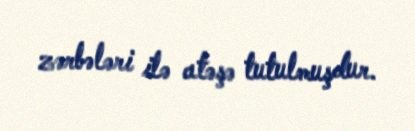
zərbələri ilə atəşə tutulmuşdur.